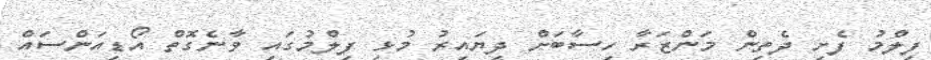
ފިލްމު ފެށި ދެތިން މަންޒަރާ ހިސާބަށް ދިޔައިރު މުޅި ފިލްމުގައި ވާނެގޮތް އޯޑިއަންސައް